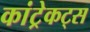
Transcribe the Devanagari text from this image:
कांट्रेकट्स